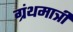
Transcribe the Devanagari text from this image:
ग्रंथमात्री